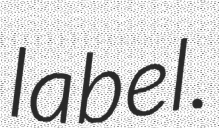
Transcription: label.